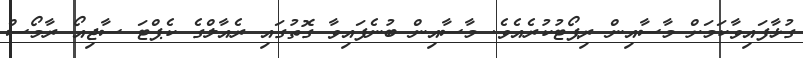
ގުޅާފައިވާކަމަށް މާސާއިން ރިޕޯޓުކުރެއެވެ. މާސާއިން ބުނެފައިވާ ގޮތުގައި ރެއާލްގެ ކެޕްޓަ ސާޖިއޯ ރާމޯސް